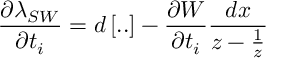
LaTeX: \frac { \partial \lambda _ { S W } } { \partial t _ { i } } = d \left[ . . \right] - \frac { \partial W } { \partial t _ { i } } \frac { d x } { z - \frac { 1 } { z } }